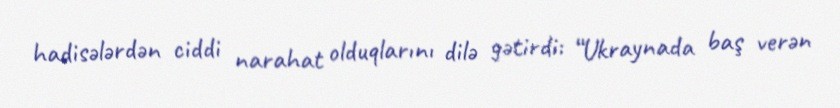
hadisələrdən ciddi narahat olduqlarını dilə gətirdi: “Ukraynada baş verən